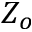
Z _ { o }